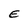
Character: E